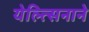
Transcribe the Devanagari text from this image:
येल्त्सिनाने